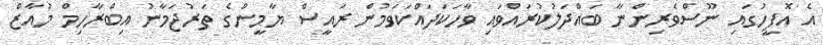
އެ އޮފީހުގައި ނޫސްވެރިންނާ ބައްދަލުކުރައްވައި ވާހަކަދައްކަވަމުން ރައީސް ޔާމީންގެ ތަރުޖަމާނު އިބްރާހިމް މުއާޒް